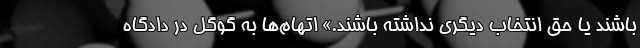
باشند یا حق انتخاب دیگری نداشته باشند.» اتهام‌ها به گوگل در دادگاه